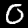
Digit: 0